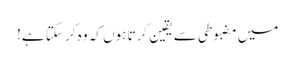
میں مضبوطی سے یقین کرتا ہوں کہ وہ کر سکتا ہے!